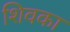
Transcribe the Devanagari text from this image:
शिवका